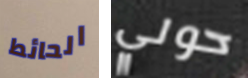
الحائط حولي